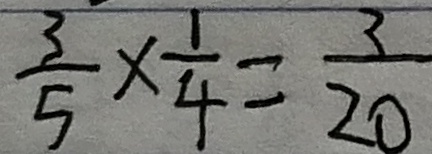
\frac { 3 } { 5 } \times \frac { 1 } { 4 } = \frac { 3 } { 2 0 }